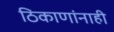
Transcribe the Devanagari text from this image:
ठिकाणांनाही